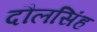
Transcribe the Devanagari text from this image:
दौलसिंह